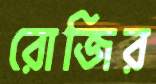
রোজির